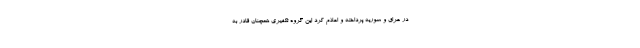
در عراق و سوریه پرداخته و اعلام کرد این گروه تکفیری همچنان قادر به